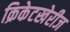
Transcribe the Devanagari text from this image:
क्रिकेटखेरीज